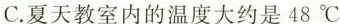
C.夏天教室内的温度大约是48℃